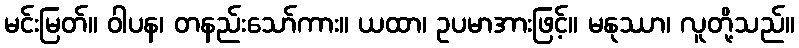
မင်းမြတ်။ ဝါပန၊ တနည်းသော်ကား။ ယထာ၊ ဥပမာအားဖြင့်။ မနုဿာ၊ လူတို့သည်။